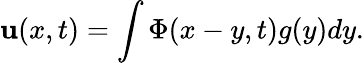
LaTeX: \mathbf{u}(x,t)=\int\Phi(x-y,t)g(y)dy.